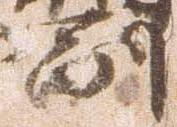
副